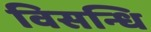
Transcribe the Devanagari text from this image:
विसन्धि